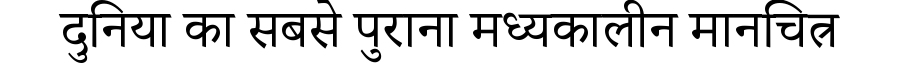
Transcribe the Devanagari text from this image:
दुनिया का सबसे पुराना मध्यकालीन मानचित्र